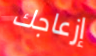
إزعاجك